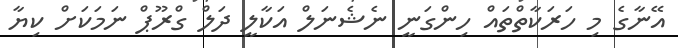
އޭނާގެ މި ހަރަކާތްތައް ހިންގަނީ ނެޝެނަލް އަކާލީ ދަލް ގްރޫޕް ނަމަކަށް ކިޔާ